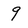
Character: 9